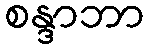
စန္ဒာဘာ